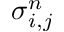
\boldsymbol { \sigma } _ { i , j } ^ { n }